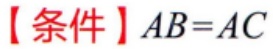
【条件】$AB = AC$